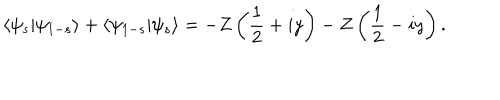
LaTeX: \langle \psi _ { s } \vert \psi _ { 1 - s } \rangle + \langle \psi _ { 1 - s } \vert \psi _ { s } \rangle = - Z \left( \frac { 1 } { 2 } + i y \right) - Z \left( \frac { 1 } { 2 } - i y \right) .